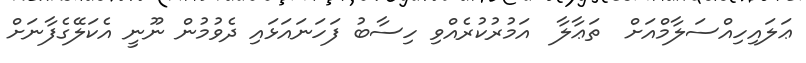
ޢަލައިހިއްސަލާމްއަށް  ތަޢާލާ  އަމުރުކުރެއްވި ހިސާބު ފަހަނައަޅައި ދެވުމުން ނޫނީ އެކަލޭގެފާނަށް